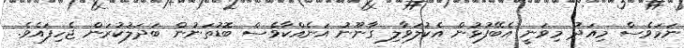
ނަމަވެސް މިއަދު މިވަނީ އެބޭފުޅުން އެކުލަވާލި ގާނޫނު އަނެއްކާވެސް ބޮޑުތަނުން ބަދަލުކުރަން ޖެހިފައެވެ.